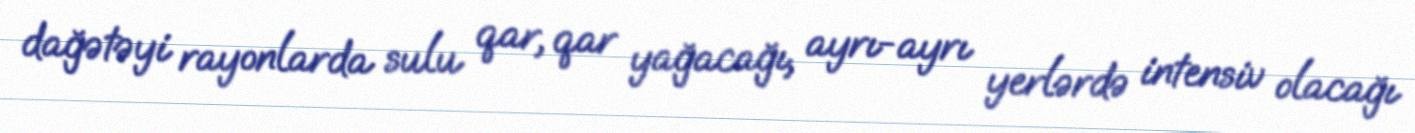
dağətəyi rayonlarda sulu qar, qar yağacağı, ayrı-ayrı yerlərdə intensiv olacağı